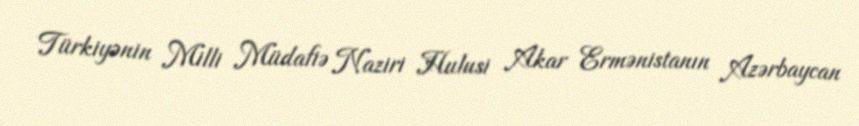
Türkiyənin Milli Müdafiə Naziri Hulusi Akar Ermənistanın Azərbaycan